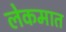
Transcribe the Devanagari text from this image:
लेकमात